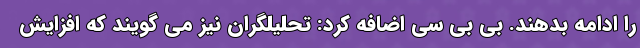
را ادامه بدهند. بی بی سی اضافه کرد: تحلیلگران نیز می گویند که افزایش